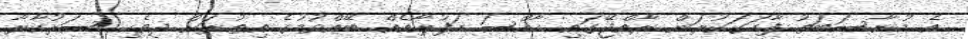
އެ މުނާސަބަތު ފާހަގަކުރަން ރާއްޖޭގައި ހާއްސަ ހަފުލާއެއް ބޭއްވުމުގެ އިތުރަށް ދިވެހި ސަރުކާރާ